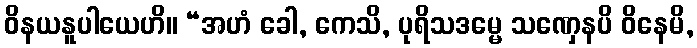
ဝိနယနူပါယေဟိ။ “အဟံ ခေါ, ကေသိ, ပုရိသဒမ္မေ သဏှေနပိ ဝိနေမိ,